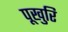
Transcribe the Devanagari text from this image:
पूखुरि